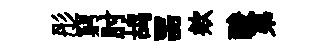
彤窮肘鸪噐欸酸苐